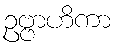
ဥဗ္ဗာဟိကာ